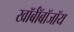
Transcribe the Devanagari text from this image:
खॉर्बॉबॉजॉय